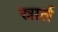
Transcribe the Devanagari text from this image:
स्नार्ल